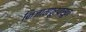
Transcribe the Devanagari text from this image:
निजामपूरपासून